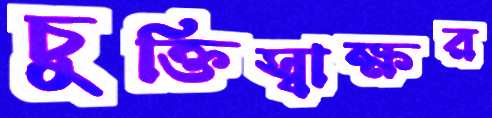
চুক্তিস্বাক্ষর